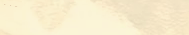
توصيل البقالة والمواد الغ